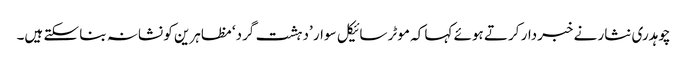
چوہدری نثار نے خبردار کرتے ہوئے کہا کہ موٹر سائیکل سوار ’دہشت گرد‘ مظاہرین کو نشانہ بنا سکتے ہیں۔